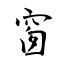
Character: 窗